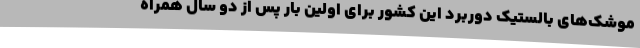
موشک‌های بالستیک دوربرد این کشور برای اولین بار پس از دو سال همراه